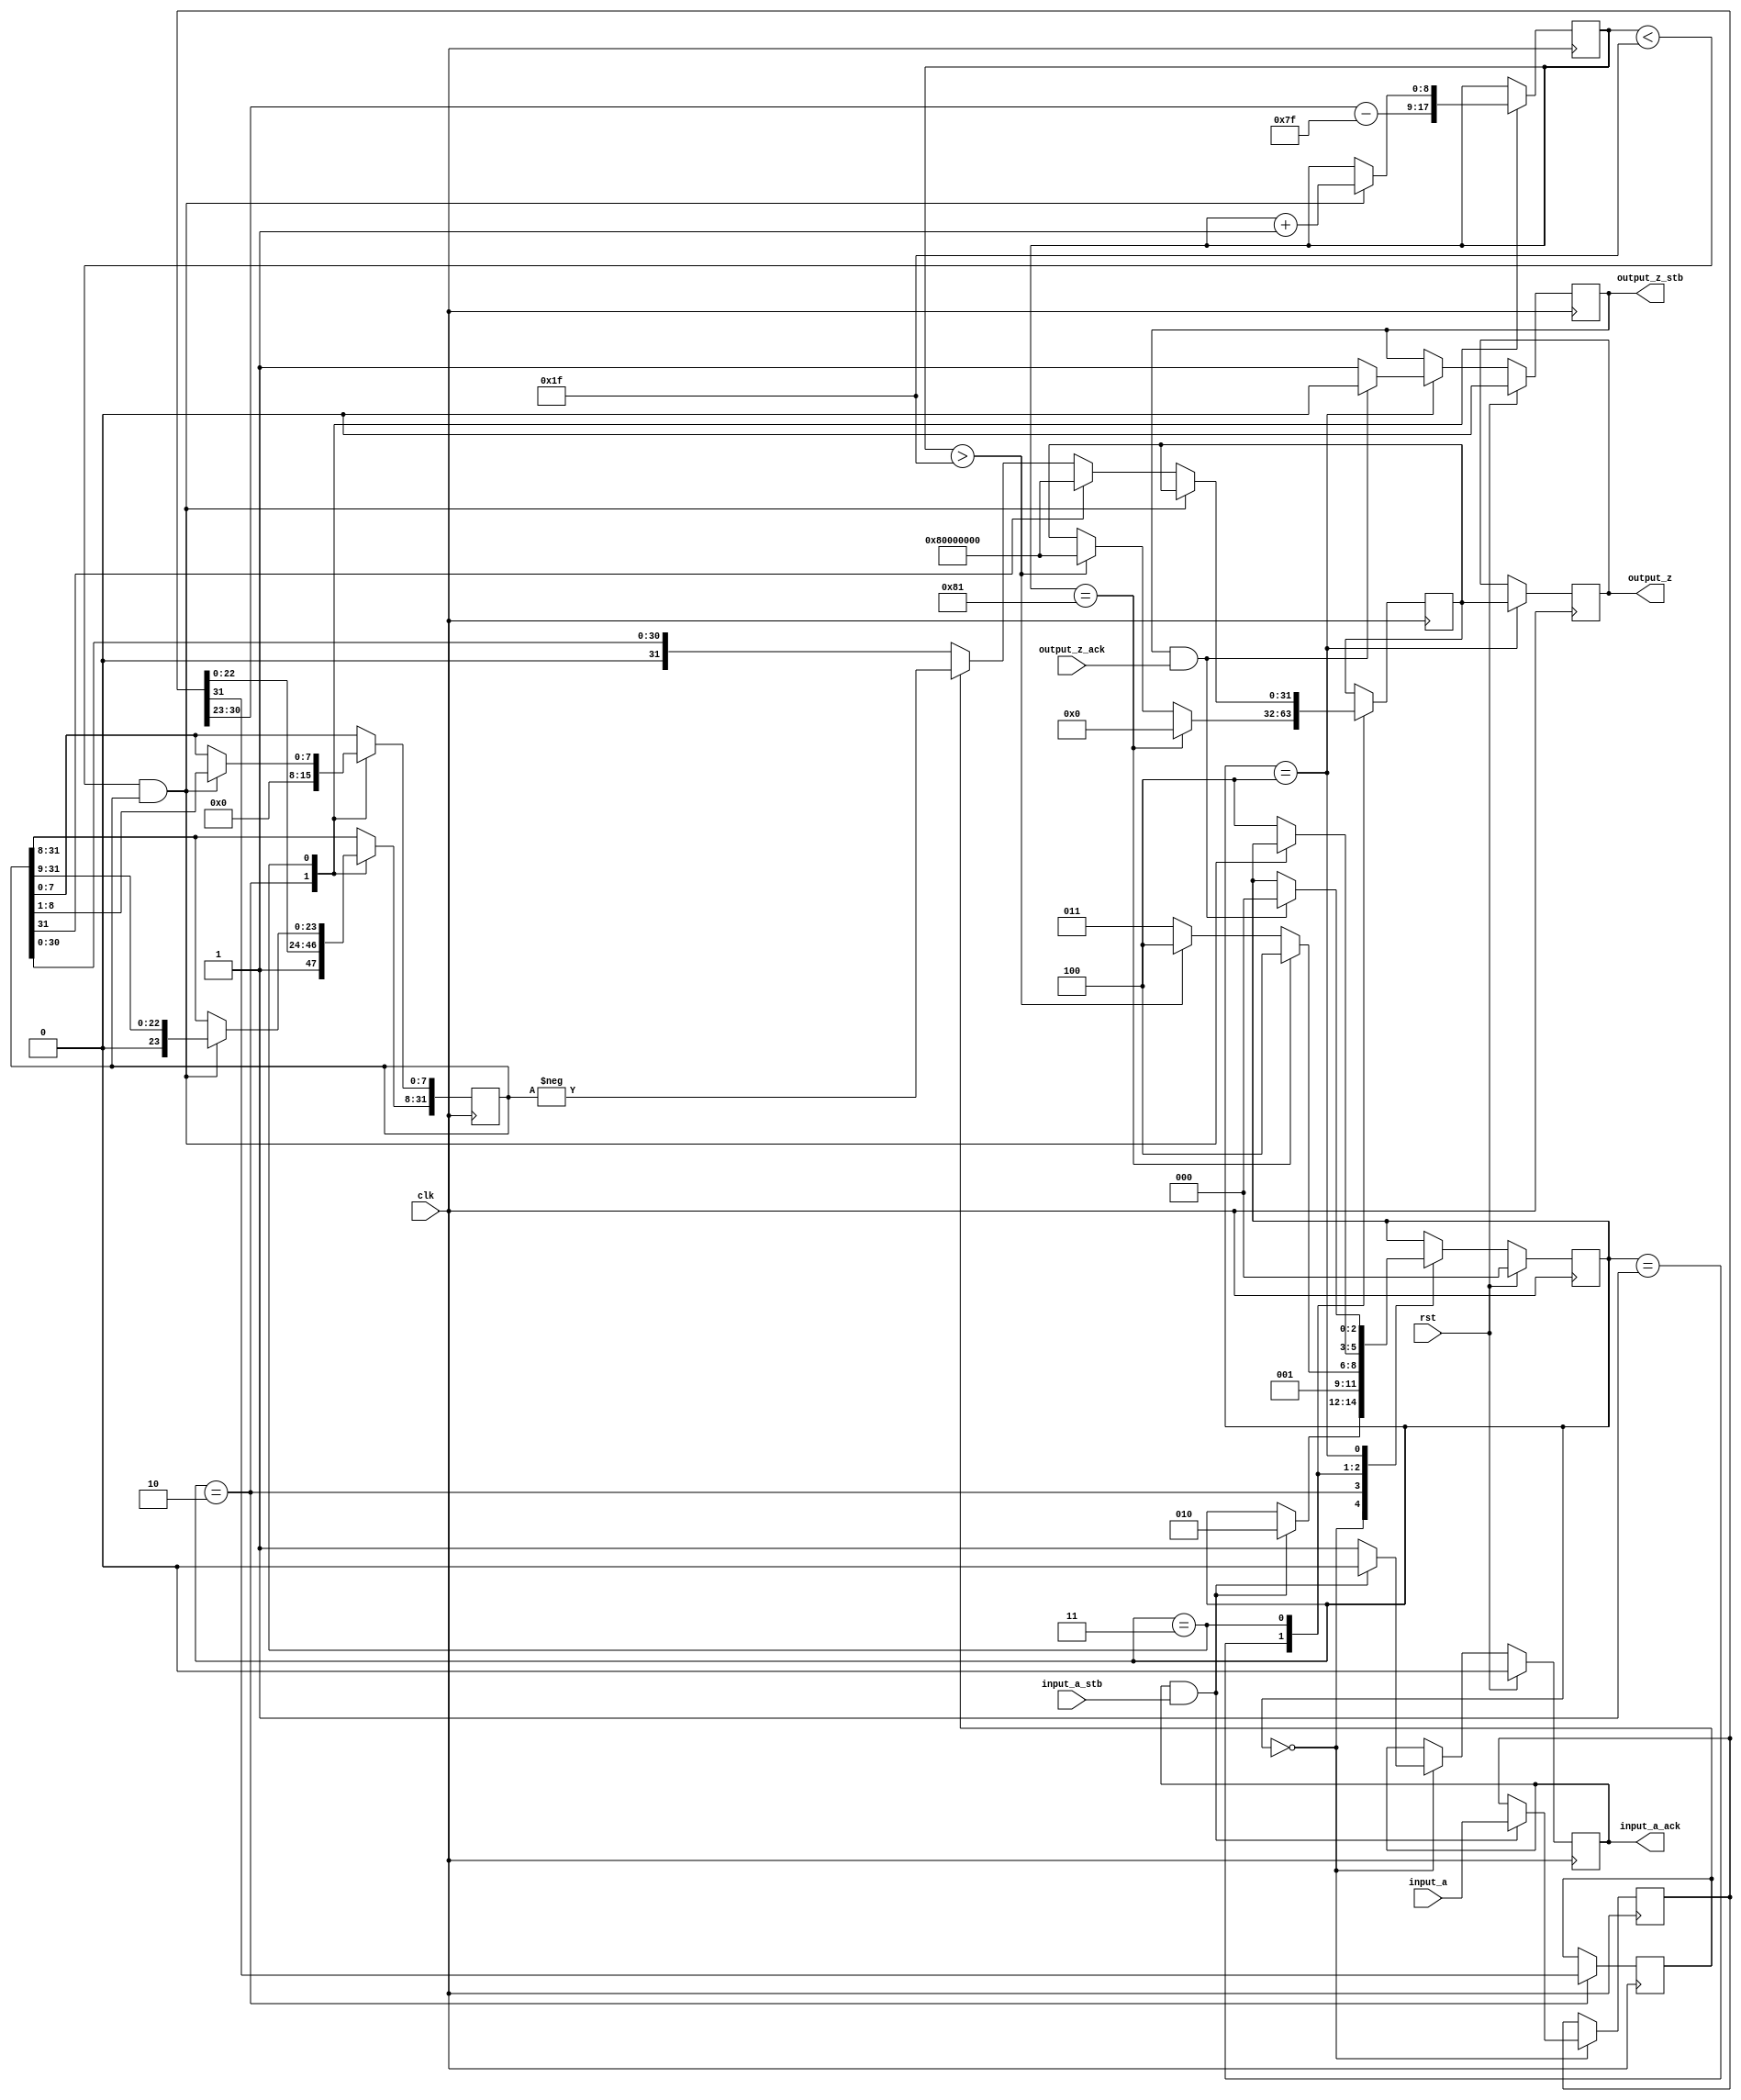
//IEEE Floating Point to Integer Converter (Single Precision)
//Copyright (C) Jonathan P Dawson 2013
//2013-12-12
module float_to_int(
        input_a,
        input_a_stb,
        output_z_ack,
        clk,
        rst,
        output_z,
        output_z_stb,
        input_a_ack);

  input     clk;
  input     rst;

  input     [31:0] input_a;
  input     input_a_stb;
  output    input_a_ack;

  output    [31:0] output_z;
  output    output_z_stb;
  input     output_z_ack;

  reg       s_output_z_stb;
  reg       [31:0] s_output_z;
  reg       s_input_a_ack;

  reg       [2:0] state;
  parameter get_a         = 3'd0,
            special_cases = 3'd1,
            unpack        = 3'd2,
            convert       = 3'd3,
            put_z         = 3'd4;

  reg [31:0] a_m, a, z;
  reg [8:0] a_e;
  reg a_s;

  always @(posedge clk)
  begin

    case(state)

      get_a:
      begin
        s_input_a_ack <= 1;
        if (s_input_a_ack && input_a_stb) begin
          a <= input_a;
          s_input_a_ack <= 0;
          state <= unpack;
        end
      end

      unpack:
      begin
        a_m[31:8] <= {1'b1, a[22 : 0]};
        a_m[7:0] <= 0;
        a_e <= a[30 : 23] - 127;
        a_s <= a[31];
        state <= special_cases;
      end

      special_cases:
      begin
        if ($signed(a_e) == -127) begin
          z <= 0;
          state <= put_z;
        end else if ($signed(a_e) > 31) begin
          z <= 32'h80000000;
          state <= put_z;
        end else begin
          state <= convert;
        end
      end

      convert:
      begin
        if ($signed(a_e) < 31 && a_m) begin
          a_e <= a_e + 1;
          a_m <= a_m >> 1;
        end else begin
          if (a_m[31]) begin
            z <= 32'h80000000;
          end else begin
            z <= a_s ? -a_m : a_m;
          end
          state <= put_z;
        end
      end

      put_z:
      begin
        s_output_z_stb <= 1;
        s_output_z <= z;
        if (s_output_z_stb && output_z_ack) begin
          s_output_z_stb <= 0;
          state <= get_a;
        end
      end

    endcase

    if (rst == 1) begin
      state <= get_a;
      s_input_a_ack <= 0;
      s_output_z_stb <= 0;
    end

  end
  assign input_a_ack = s_input_a_ack;
  assign output_z_stb = s_output_z_stb;
  assign output_z = s_output_z;

endmodule